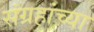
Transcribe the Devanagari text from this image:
संग्रहांच्या